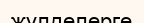
жүлделерге